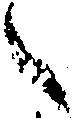
々